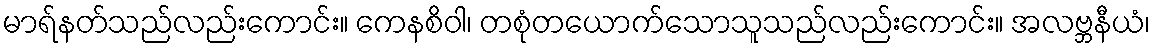
မာရ်နတ်သည်လည်းကောင်း။ ကေနစိဝါ၊ တစုံတယောက်သောသူသည်လည်းကောင်း။ အလဗ္ဘနီယံ၊